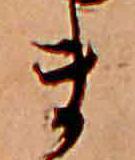
ま